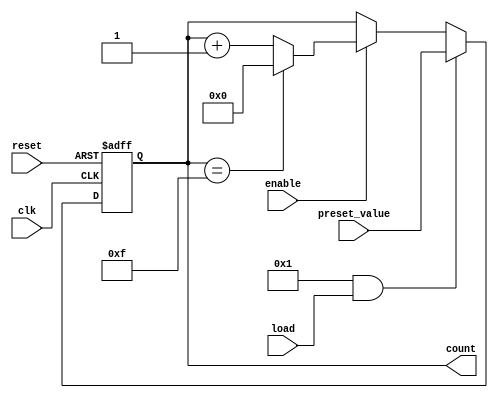
module parameterized_counter #(
    parameter WIDTH = 4,              // Bit-width of the counter
    parameter MAX_COUNT = (1 << WIDTH) - 1, // Maximum count value (2^WIDTH - 1)
    parameter COUNT_DIR = 1,          // 1 for up counting, 0 for down counting
    parameter LOAD_ENABLE = 1          // 1 to enable loading preset value
)(
    input wire clk,                   // Clock signal
    input wire reset,                 // Active-high reset signal
    input wire load,                  // Active-high load signal
    input wire [WIDTH-1:0] preset_value, // Value to load into counter
    input wire enable,                // Enable signal for counting
    output reg [WIDTH-1:0] count      // Current counter value
);

    // Initialization of the counter
    always @(posedge clk or posedge reset) begin
        if (reset) begin
            count <= 0; // Reset counter to 0
        end else if (LOAD_ENABLE && load) begin
            count <= preset_value; // Load preset value
        end else if (enable) begin
            if (COUNT_DIR) begin
                // Up counting
                if (count == MAX_COUNT) begin
                    count <= 0; // Wrap around to 0
                end else begin
                    count <= count + 1; // Increment counter
                end
            end else begin
                // Down counting
                if (count == 0) begin
                    count <= MAX_COUNT; // Wrap around to MAX_COUNT
                end else begin
                    count <= count - 1; // Decrement counter
                end
            end
        end
        // If enable is low, hold the current value of count
    end

endmodule